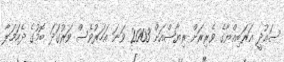
ސައުދީ އަރަބިއްޔާގެ ވެރިރަށް ރިޔާޟްއަށް 2003 ވަނަ އަހަރުވެސް ވަރުގަދަ ބޮމުގެ ދެހަމަލާ